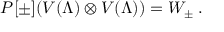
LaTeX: P [ \pm ] ( V ( \Lambda ) \otimes V ( \Lambda ) ) = W _ { \pm } \; .